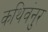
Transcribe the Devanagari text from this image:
कथिवंनुर